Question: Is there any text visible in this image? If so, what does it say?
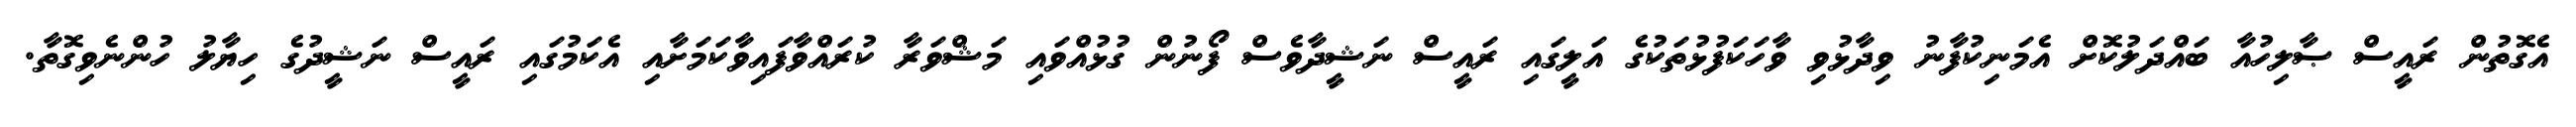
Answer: އެގޮތުން ރައީސް ޞާލިހުއާ ބައްދަލުކޮށް އެމަނިކުފާނު ވިދާޅުވި ވާހަކަފުޅުތަކުގެ އަލީގައި ރައީސް ނަޝީދާވެސް ފޯނުން ގުޅުއްވައި މަޝްވަރާ ކުރައްވާފައިވާކަމަށާއި އެކަމުގައި ރައީސް ނަޝީދުގެ ހިޔާލު ހުންނެވިގޮތާ.